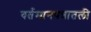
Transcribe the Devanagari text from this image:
वर्तमानपत्रातली